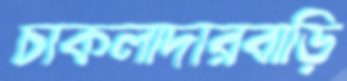
চাকলাদারবাড়ি